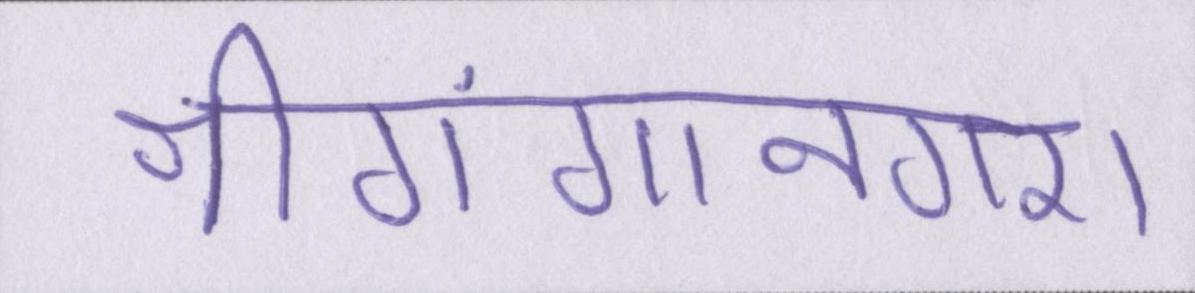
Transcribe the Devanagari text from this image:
श्रीगंगानगर।